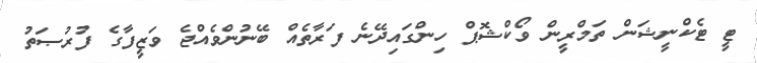
ޓީ ޓެކްނީޝަން ތަމްރީން ވޯކްޝޮޕް ހިންގައިދޭނެ ފަރާތެއް ބޭނުންވެއްޖެ ވަޒީފާގެ ފުރުޞަތު